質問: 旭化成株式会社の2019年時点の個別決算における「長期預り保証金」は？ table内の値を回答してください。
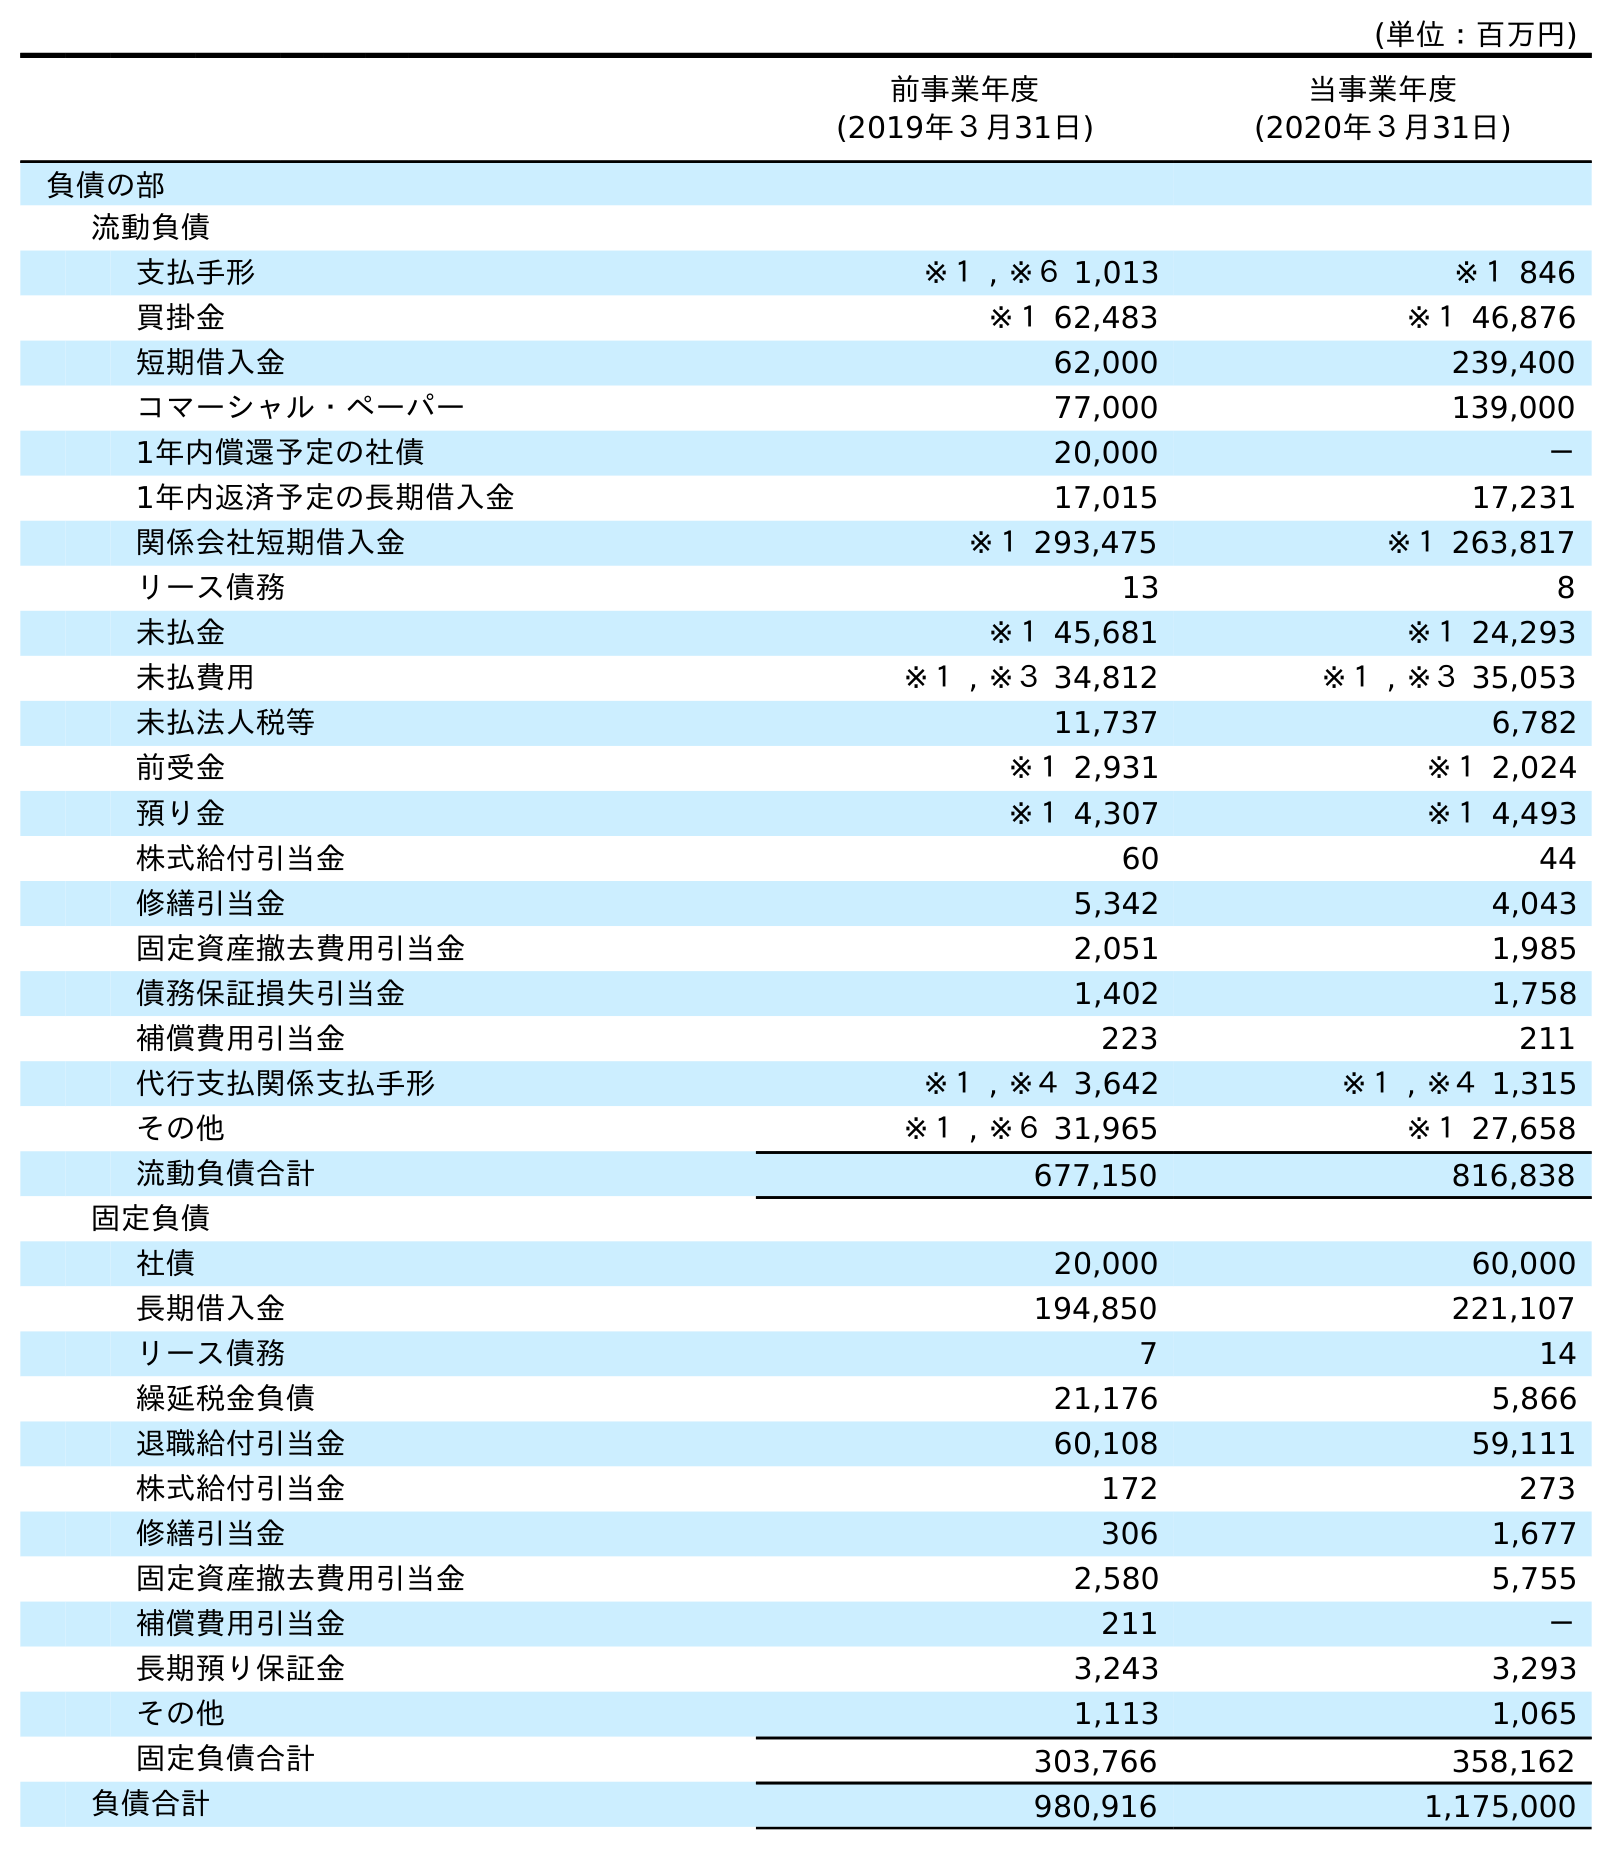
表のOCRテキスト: (単位：百万円) 前事業年度 (2019年３月31日) 当事業年度 (2020年３月31日) 負債の部 流動負債 支払手形 ※１ , ※６ 1,013 ※１ 846 買掛金 ※１ 62,483 ※１ 46,876 短期借入金 62,000 239,400 コマーシャル・ペーパー 77,000 139,000 1年内償還予定の社債 20,000 － 1年内返済予定の長期借入金 17,015 17,231 関係会社短期借入金 ※１ 293,475 ※１ 263,817 リース債務 13 8 未払金 ※１ 45,681 ※１ 24,293 未払費用 ※１ , ※３ 34,812 ※１ , ※３ 35,053 未払法人税等 11,737 6,782 前受金 ※１ 2,931 ※１ 2,024 預り金 ※１ 4,307 ※１ 4,493 株式給付引当金 60 44 修繕引当金 5,342 4,043 固定資産撤去費用引当金 2,051 1,985 債務保証損失引当金 1,402 1,758 補償費用引当金 223 211 代行支払関係支払手形 ※１ , ※４ 3,642 ※１ , ※４ 1,315 その他 ※１ , ※６ 31,965 ※１ 27,658 流動負債合計 677,150 816,838 固定負債 社債 20,000 60,000 長期借入金 194,850 221,107 リース債務 7 14 繰延税金負債 21,176 5,866 退職給付引当金 60,108 59,111 株式給付引当金 172 273 修繕引当金 306 1,677 固定資産撤去費用引当金 2,580 5,755 補償費用引当金 211 － 長期預り保証金 3,243 3,293 その他 1,113 1,065 固定負債合計 303,766 358,162 負債合計 980,916 1,175,000
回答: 3,243